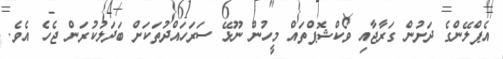
އެޕްލޭންގެ ދަށުން ގަރާޖާއި ވޯކްޝޮޕްތައް މީހުން ނޫޅޭ ސަރަހައްދުތަކަށް ބަދަލުކުރަން ޖެހެ އެވެ.